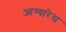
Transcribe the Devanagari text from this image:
आग्वारेस